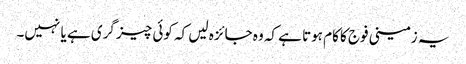
یہ زمینی فوج کا کام ہوتا ہے کہ وہ جائزہ لیں کہ کوئی چیز گری ہے یا نہیں۔